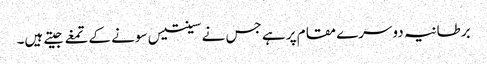
برطانیہ دوسرے مقام پر ہے جس نے سینتیس سونے کےتمغے جیتے ہیں۔